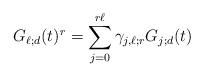
LaTeX: \begin{align*}G_{\ell;d}(t)^r =\sum_{j=0}^{r \ell} \gamma_{j,\ell; r} G_{j;d}(t)\end{align*}